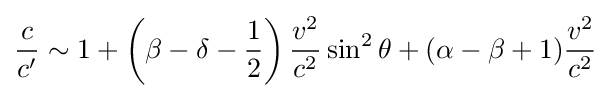
{\frac {c}{c'}}\sim 1+\left(\beta -\delta -{\frac {1}{2}}\right){\frac {v^{2}}{c^{2}}}\sin ^{2}\theta +(\alpha -\beta +1){\frac {v^{2}}{c^{2}}}